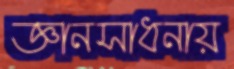
জ্ঞানসাধনায়